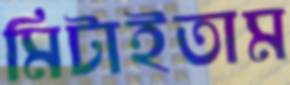
মিটাইতাম